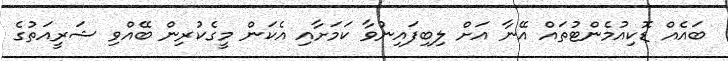
ބައެއް ޑޮކިއުމެންޓުތައް އޭނާ އަށް ލިބިފައިނުވާ ކަމަށާއި އެކަން މީގެކުރިން ބޭއްވި ޝަރީއަތުގެ